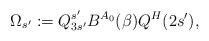
LaTeX: \begin{align*} \Omega_{s'} := Q^{s'}_{3s'}B^{A_0}(\beta) Q^H(2s') ,\end{align*}